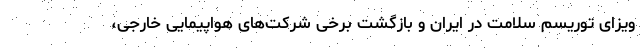
ویزای توریسم سلامت در ایران و بازگشت برخی شرکت‌های هواپیمایی خارجی،